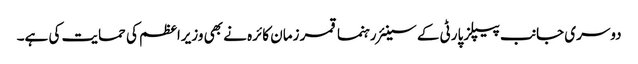
دوسری جانب پیپلز پارٹی کے سینئر رہنما قمر زمان کائرہ نے بھی وزیراعظم کی حمایت کی ہے۔